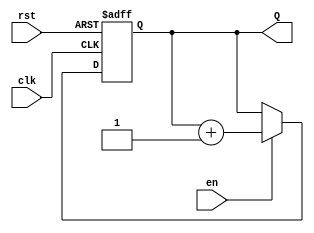
module up_counter (
    input wire clk,       // Clock signal
    input wire en,        // Enable signal
    input wire rst,       // Reset signal
    output reg [3:0] Q    // 4-bit counter output
);

// Always block triggered on the rising edge of the clock
always @(posedge clk or posedge rst) begin
    if (rst) begin
        // Asynchronous reset: set counter to zero
        Q <= 4'b0000;
    end else if (en) begin
        // Enable is high: increment counter
        Q <= Q + 1;
    end
    // If enable is low, the counter retains its current value
end

endmodule